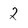
Character: 2